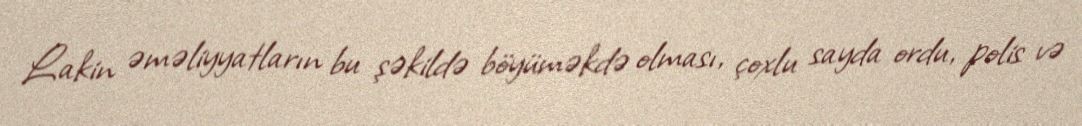
Lakin əməliyyatların bu şəkildə böyüməkdə olması, çoxlu sayda ordu, polis və